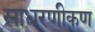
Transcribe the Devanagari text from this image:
साधरणीकण